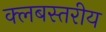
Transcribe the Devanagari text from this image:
क्लबस्तरीय